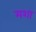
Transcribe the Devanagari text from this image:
मशा